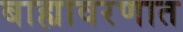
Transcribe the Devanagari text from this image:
बाह्यावरणात